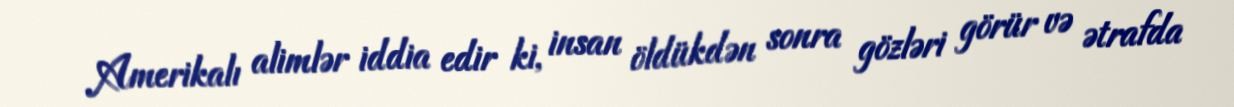
Amerikalı alimlər iddia edir ki, insan öldükdən sonra gözləri görür və ətrafda